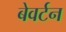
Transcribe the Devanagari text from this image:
बेवर्टन